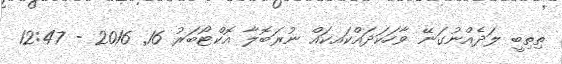
ތިތިބީ ލަދެއްނުގަނޭ ވާހަކަދައްކައކައް ނުރަބޮލާ އޮކްޓޯބަރު 16